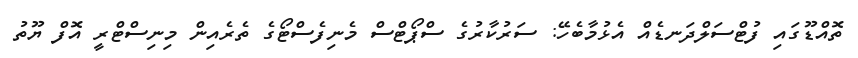
ތޮއްޑޫގައި ފުޓްސަލްދަނޑެއް އެޅުމާބެހޭ: ސަރުކާރުގެ ސްޕޯޓްސް މެނިފެސްޓޯގެ ތެރެއިން މިނިސްޓްރީ އޮފް ޔޫތު